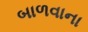
બાળવાના